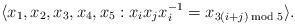
LaTeX: \begin{align*}\langle x_1,x_2,x_3,x_4,x_5:x_ix_jx_i^{-1}=x_{3(i+j)\bmod 5}\rangle.\end{align*}